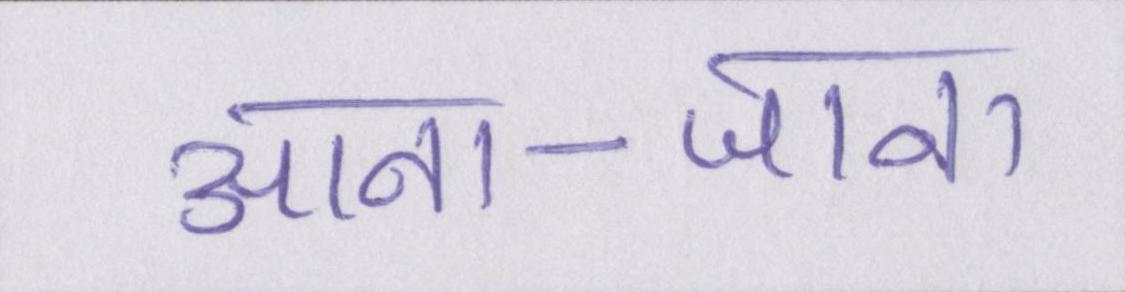
आना-जाना